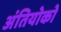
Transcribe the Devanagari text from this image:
अंतियोको